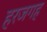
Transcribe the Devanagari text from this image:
हरजगह